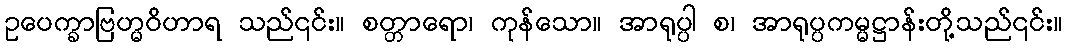
ဥပေက္ခာဗြဟ္မဝိဟာရ သည်၎င်း။ စတ္တာရော၊ ကုန်သော။ အာရုပ္ပါ စ၊ အာရုပ္ပကမ္မဋ္ဌာန်းတို့သည်၎င်း။